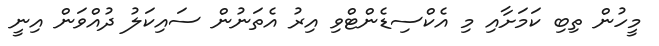
މީހުން ތިބި ކަމަށާއި މި އެކްސިޑެންޓްވި އިރު އެތަނުން ސައިކަލު ދުއްވަން އިނީ